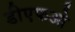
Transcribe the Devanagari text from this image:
डीएफओ